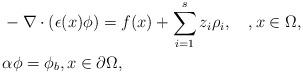
LaTeX: \begin{align*} & -\nabla \cdot (\epsilon(x)\phi)=f(x)+\sum_{i=1}^sz_i\rho_i, \quad, x\in \Omega,\\ & \alpha \phi=\phi_b,x\in \partial \Omega, \end{align*}